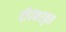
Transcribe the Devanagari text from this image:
दीपंकरकृत